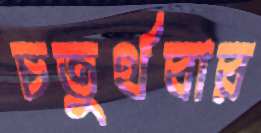
চতুর্থবার